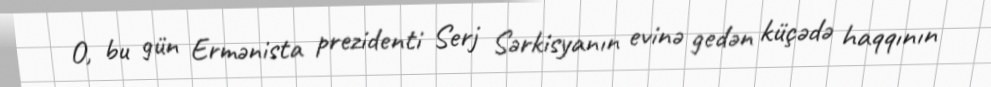
O, bu gün Ermənista prezidenti Serj Sərkisyanın evinə gedən küçədə haqqının